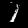
Digit: 1